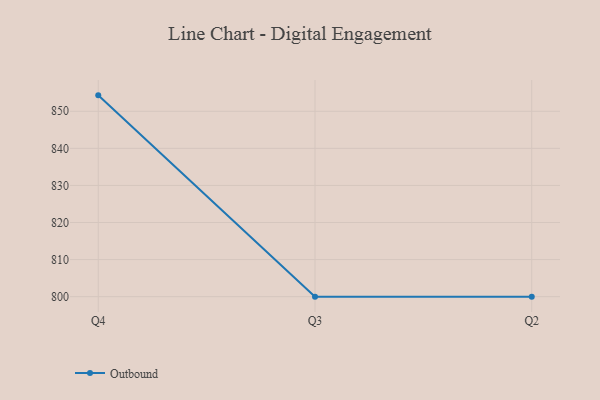
{"axis": {"x": "Quarter", "y": "LTV (USD)"}, "legend": ["Outbound"], "data": [{"x": "Q4", "y": 854.3, "type": "Outbound"}, {"x": "Q3", "y": 800, "type": "Outbound"}, {"x": "Q2", "y": 800, "type": "Outbound"}]}